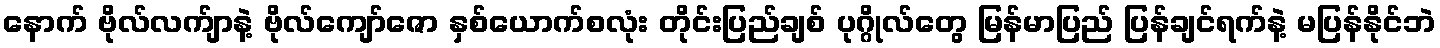
နောက် ဗိုလ်လက်ျာနဲ့ ဗိုလ်ကျော်ဇော နှစ်ယောက်စလုံး တိုင်းပြည်ချစ် ပုဂ္ဂိုလ်တွေ မြန်မာပြည် ပြန်ချင်ရက်နဲ့ မပြန်နိုင်ဘဲ